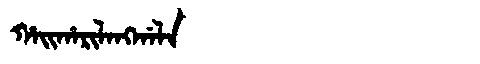
Manchu: ᡥᠠᡳᡥᠠᡵᡳᠯᠠᠩᡤᠠᠯᠠ
Romanization: HAIHARILANGGALA